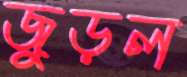
জুড়ল